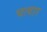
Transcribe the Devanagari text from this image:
चत्वार